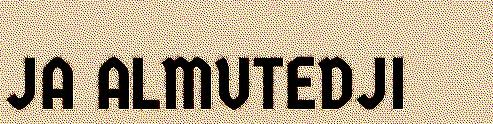
JA ALMUTEDJI